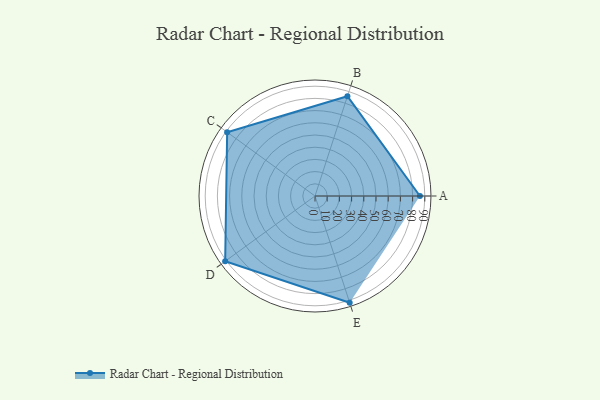
{"axis": {"x": "Skill", "y": "Score"}, "legend": ["Profile"], "data": [{"x": "A", "y": 86.0, "type": "Profile"}, {"x": "B", "y": 86.0, "type": "Profile"}, {"x": "C", "y": 89.0, "type": "Profile"}, {"x": "D", "y": 91.0, "type": "Profile"}, {"x": "E", "y": 92.0, "type": "Profile"}]}